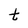
Character: t